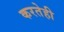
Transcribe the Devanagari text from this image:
करतेही